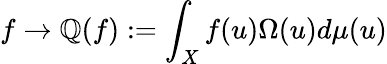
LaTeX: f\rightarrow\mathbb{Q}(f):=\int_{X}f(u)\Omega(u)d\mu(u)